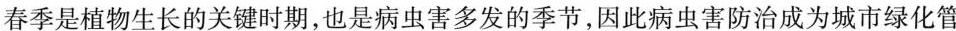
春季是植物生长的关键时期，也是病虫害多发的季节，因此病虫害防治成为城市绿化管